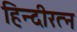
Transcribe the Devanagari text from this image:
हिन्दीरत्न